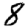
Digit: 8